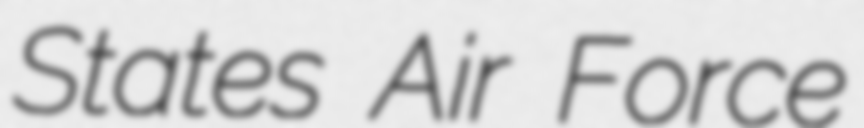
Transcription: States Air Force